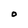
Character: O